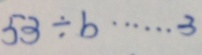
5 3 \div b \cdots 3